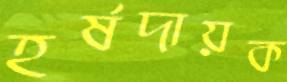
হর্ষদায়ক